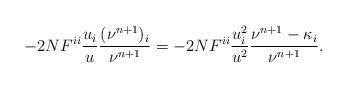
LaTeX: \begin{align*}-2N F^{ii}\frac{u_i}{u} \frac{(\nu^{n+1})_i}{\nu^{n+1}}=-2N F^{ii}\frac{u_i^2}{u^2} \frac{\nu^{n+1}-\kappa_i}{\nu^{n+1}}.\end{align*}